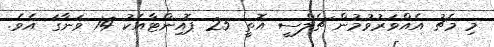
މި މެޗު އެއްވަރުވުމުން ޗެލްސީ އޮތީ 25 ޕޮއިންޓާއެކު 14 ވަނާގަ އެވެ.